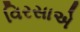
વિરસાએ